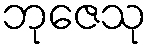
ဘုဇေသု